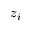
z _ { i }